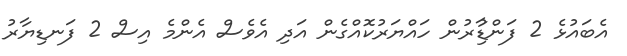
އެބައުޅެ 2 ފަންޑިުާރުން ހައްޔަރުކޮއްގެން އަދި އެވެސް އެންމެ އިސް 2 ފަނޑިޔާރު